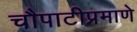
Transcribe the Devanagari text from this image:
चौपाटीप्रमाणे